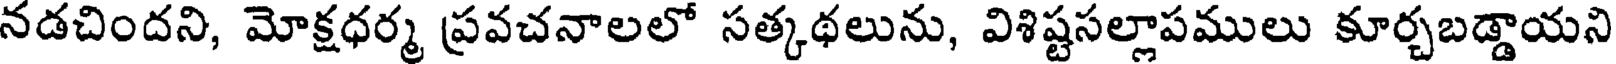
నడచిందని, మోక్షధర్మ ప్రవచనాలలో సత్కథలును, విశిష్టసల్లాపములు కూర్చబడ్డాయని